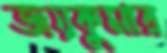
জয়কুমার